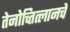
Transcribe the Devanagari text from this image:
तेनोच्तित्लानचे